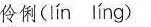
伶俐( Iín líng )